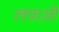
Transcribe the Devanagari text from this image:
लफ़ज़ों